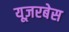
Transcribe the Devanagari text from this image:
यूज़रबेस